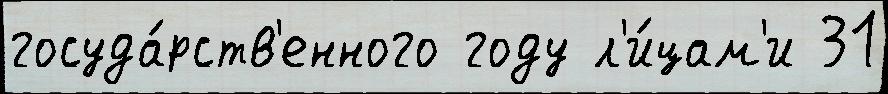
госуда́рств'енного году л'и́цам'и 31